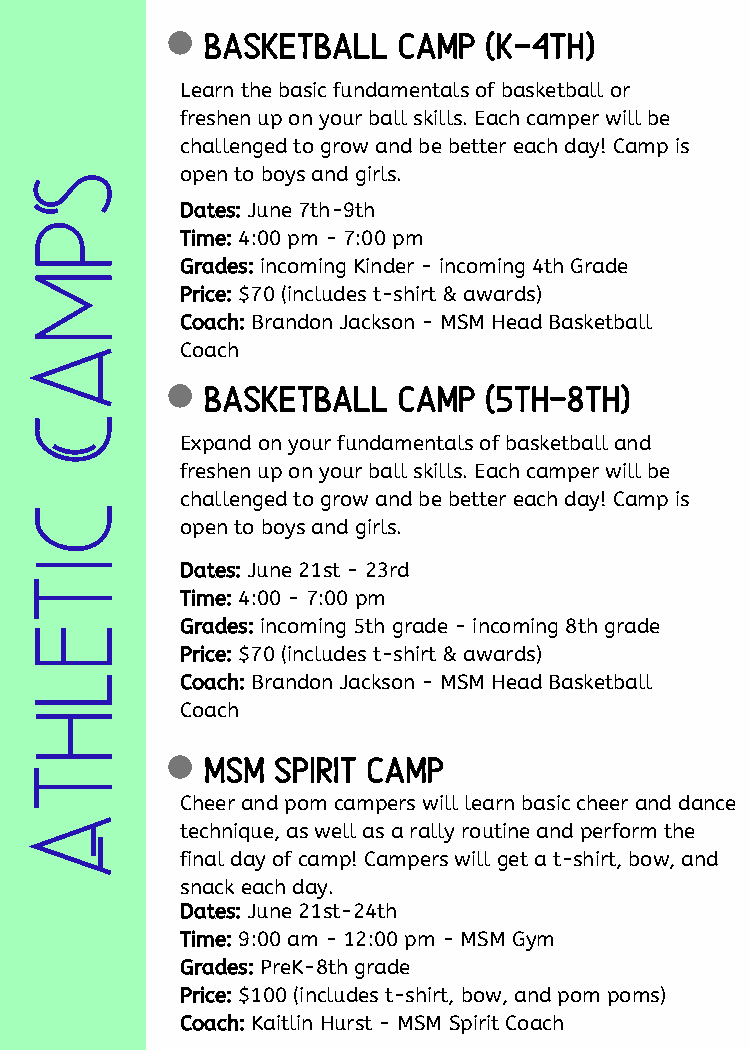
basketball  camp  (k-4th)
 Learn the basic fundamentals of basketball or
 freshen up on your ball skills. Each camper will be
 challenged to grow and be better each day! Camp is
 S           open to boys and girls.
 Dates: June 7th-9th
 p
 Time: 4:00 pm - 7:00 pm
 Grades: incoming Kinder - incoming 4th Grade
 m
 Price: $70 (includes t-shirt & awards)
 Coach: Brandon Jackson - MSM Head Basketball
 a           Coach
 basketball  camp  (5th-8th)
 C
 Expand on your fundamentals of basketball and
 freshen up on your ball skills. Each camper will be
 challenged to grow and be better each day! Camp is
 c
 open to boys and girls.
 i           Dates: June 21st - 23rd
 t
 Time: 4:00 - 7:00 pm
 e           Grades: incoming 5th grade - incoming 8th grade
 Price: $70 (includes t-shirt & awards)
 l           Coach: Brandon Jackson - MSM Head Basketball
 Coach
 h
 MSM Spirit Camp
 t
 Cheer and pom campers will learn basic cheer and dance
 A
 technique, as well as a rally routine and perform the
 final day of camp! Campers will get a t-shirt, bow, and
 snack each day.
 Dates: June 21st-24th
 Time: 9:00 am - 12:00 pm - MSM Gym
 Grades: PreK-8th grade
 Price: $100 (includes t-shirt, bow, and pom poms)
 Coach: Kaitlin Hurst - MSM Spirit Coach